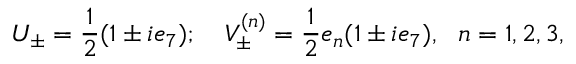
U _ { \pm } = \frac { 1 } { 2 } ( 1 \pm i e _ { 7 } ) ; \ \ \ V _ { \pm } ^ { ( n ) } = \frac { 1 } { 2 } e _ { n } ( 1 \pm i e _ { 7 } ) , \ \ n = 1 , 2 , 3 ,